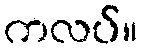
ကလပ်။